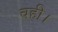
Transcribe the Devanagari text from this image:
चही।